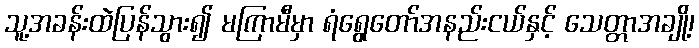
သူ့အခန်းထဲပြန်သွား၍ မကြာမီမှာ ရံရွေတော်အနည်းငယ်နှင့် သေတ္တာအချို့၊